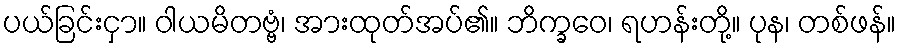
ပယ်ခြင်းငှာ။ ဝါယမိတဗ္ဗံ၊ အားထုတ်အပ်၏။ ဘိက္ခဝေ၊ ရဟန်းတို့။ ပုန၊ တစ်ဖန်။